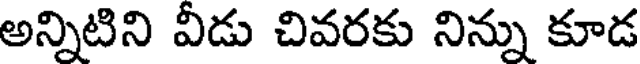
అన్నిటిని వీడు చివరకు నిన్ను కూడ